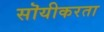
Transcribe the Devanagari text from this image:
सॊयीकरता